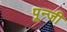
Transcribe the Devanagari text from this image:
पून्जी